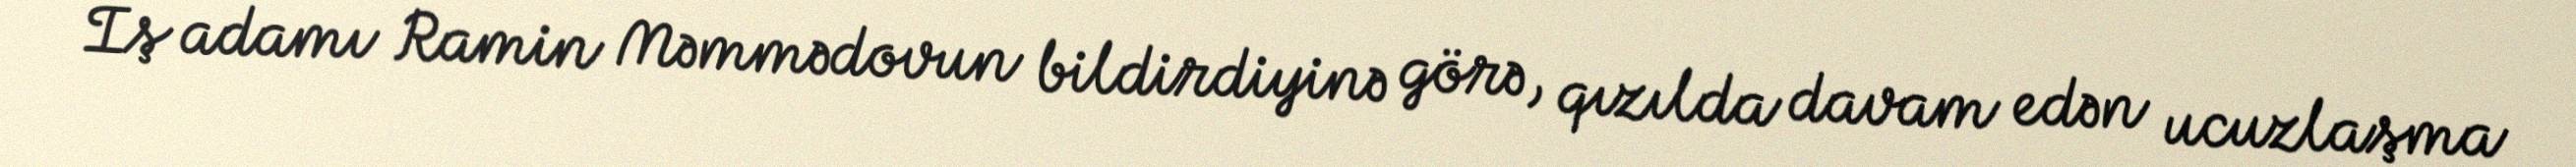
İş adamı Ramin Məmmədovun bildirdiyinə görə, qızılda davam edən ucuzlaşma